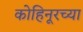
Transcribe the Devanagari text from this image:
कोहिनूरच्या